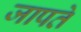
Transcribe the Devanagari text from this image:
जापते